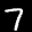
Label: 7